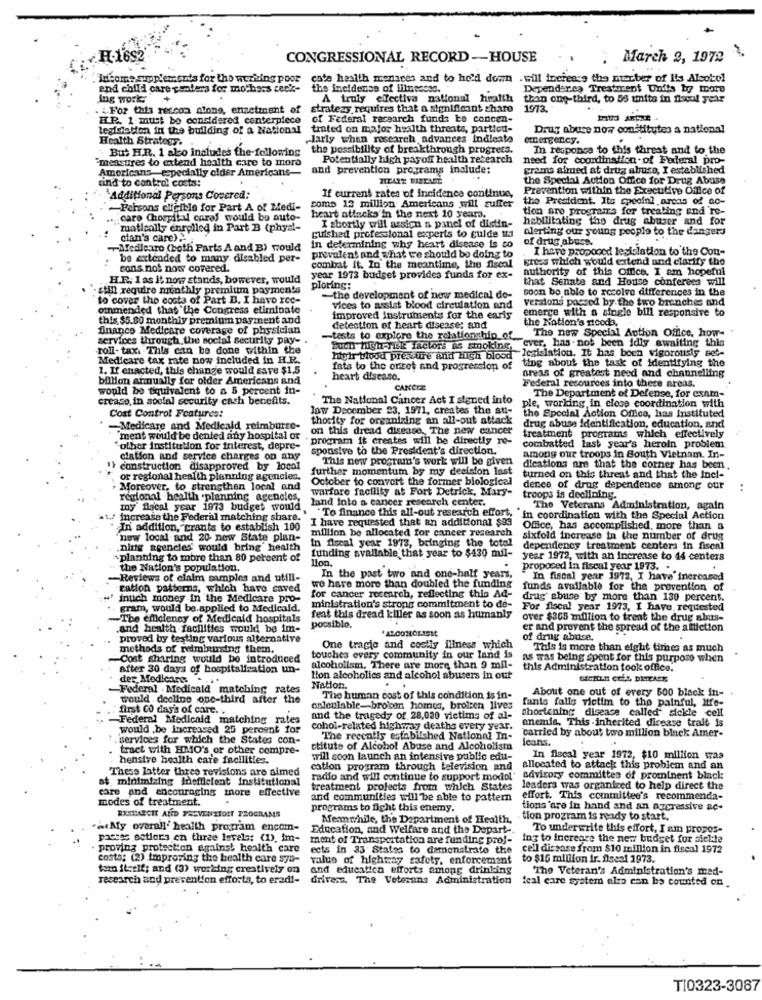
H-1692
CONGRESSIONAL RECORD -- HOUSE
March 2, 1972
income supplemeuds for the working poor
cate health menaces and to hold down . will increase the muteber of its Alsobe!
and child care centers for mothers cee'k-
the incidense of liliesoss.
Depender.ca Treatment Units by toore
Ing work +
A truly efectiva national health than one-third, to 55 unita in fiscal year
. & For this reccon alone, enzetment of
stratezy requires that a significant share
19/73.
HP. 1 must be considered centerpiece
of Federal recearch funds to concen-
legislation in the building of a National
trated on major health threats, partied-
Drug abuse now constitutes a national
Health Strategy.
"larly when rescarch advances Indleate
emergency.
But H.R. 1 also includes the-following
the possibility of breakthrough progress.
In response to this threat and to the
measures to extend health care to mora
Potentially high payoff health research
need for coordination of Federal pro-
Americans,especially older Americans-
and prevention programs include:
grams almed at drug abuse, I esteblished
the Special Action Office for Drug Abuse
find to control costs:
If current rates of incidence continue,
Prevention within the Executive Office of
"Additional Persons Covered:
the President. Its specinl areas of ac-
-Persons eligible for Part A of Medi-
como 13 million Americans will suffer
tion aro programs for treating end 're-
. caro (hospital carol would bo auto-
heart attacks'in the next 10 years.
I shortly will assign a panel of distin-
hebilitating the drug abuser and for
matically enrolled in Part B (phyal-
alerting our young people to the dangers
cian's care) .
gulshed professional experts to guide 13
of drug abuse.
Medlearo (both Parts A and B) would
in determining why heart disease is co
I have propoced legislation to the Con-
be extended to many disabled per-
prevalent and what we should be doing to
gres which would extend and clarify the
sons not now covered.
combat it. In the meantime, the fiscal
authority of this Office. I am hopeful
H.R. 1 as it now stands, bowever, would
year 1973 budget provides funds for ex-
that Senate and House conferees will
: sHill require minthly premium payments
ploring:
soon be able to resolve differences in the
to cover the costs of Part B. I have rec-
-the development of now medical de-
versions passed by the two branches and
ommended that the Congress eliminate
vices to assist blood circulation and
emerge with a single bill responsive to
this $5.80 monthly premium payment and
improved Instruments for the earls
the Nation's stooda.
finance Medicare coverage of physician
detection of heart disease; and
The new Special Action Office, how-
services through the social security pay-
-tests to explore the relationship of
.roll - tax. This can be done within the
,ever, has not been idly awaiting this
Medicare tax rate now included in H.R.
Puuh high-TE factors as Shown lei Iation. It has been vigorously seve
high blood pressure and High blood
tiog about the task of identifying the
1. If enacted, this change would save $1.5
fats to the onset and progression of
billion annually for older Americans and
heart disease.
areas of greatest need and channelling
Federal resources into there areas.
would be tiquivalent to a 5 percent in-
CANCRE
crease, in social security cash benefits.
The National Cancer Act I signed into
The Department of Defense, for exam-
Cost Control Features:
low December 23, 1971, creates the au-
ple, working in close coordination with
thority for organizing an all-out attack
the Special Action Office, has instituted
Medicare and Medicald reimburse-
on this dread disease. The new cancer
drug abuse identification, education, and
"ment would be denied any hospital or
program it creates will be directly re-
treatment programs which effectively
other institution for interest, depre-
sponsive to the President's direction.
combatted last year's heroin problem
ciation and service charges on any
This new program's work will be given
among our troops in South Vietnam. In-
> construction disapproved by local
further momentum by my decision last
dications are that the corner has been,
or regional health planning agencies.
October to convert the former biological
turned on this threat and that the Inci-
. Moreover, to strengthen local and
warfore facility at Fort Detrick, Mary-
dence of drug dependence among our
..
regional health .planning ageneles,
land Into a cancer research center.
troops is declining.
my flocal year 1973 budget would
To finance this all-out research effort,
The Veterans Administration, again
1. Increase the Federal matching share.
I have requested that an additional $93
in coordination with the Special Action
In addition,"crants to establish 100
million be allocated for cancer research
Office, has accomplished, more than
new local and 20 new State plan-
In flreal year 1973, bringing the total
sixfold increase in the number of drug
ning agencies would bring health
funding avallable that year to $430 mil-
dependency treatment centers in fisenl
~planning to more than 80 percent of
llon.
year 1972, with an Increase to 44 centers
the Nation's population.
proposed in fiscal year 1973. ..
-Reviews of claim samples and utili-
In the past two and one-half years,
In fiscal year 1972, I have' inercared
cation patterns, which have caved
wo hare more than doubled the funding
funds available for the prevention of
. much money in the Medicare pro-
for cancer research, reflecting this Ad-
drug abuse by more than 130 percent.
gram, would be.applied to Medicald.
ministration's strong commitment to de-
For fiscal year 1973, I have requested
-The efficiency of Medicaid hospitals
feat this dread killer as soon as humanly
over $365 million to treat the drug abus-
.and health -facilities would be im-
possible.
er and prevent the spread of the attiction
proved by testing various alternative
of drug abuse.
methods of reimbursing them.
One tragie and costly illness which
This is more than eight times as much
-Cost sharing would be introduced
touches every community in our land is
as was being spent for this purpose when
after 30 days of hospitalization un-
alcoholism. There are more than 9 mil-
this Administration took office.
der Medicare. .
Hon alcoholics and alcohol abusers in out
-Federal . Medicaid matching rates
Nation.
About one out of every 500 black in-
would . declino ope-third after the
The human cost of this condition is in-
first Co day's of care ..
calculable-broom homes, broteen lives
shortening disease called sickle cell
fants falls victim to the painful, itfe-
-Federal Medicaid matching rates
and the tragedy of 28,000 victims of al-
anemia, This -inherited disease trait is
would .be increased 25 percent for
cohol-related highmay deaths every year.
carried by about two million black Amer-
. services for which the States con-
The recently established National In-
Icans.
tract with HMO's or other compre-
stitute of Alcohol Abuse and Alcoholista
hensive health care facilities.
will soon launch an intensive public edu-
In fiscal year 1972, $10 million was
These latter three revisions are almed
cation program through television and
allocated to attack this problem and an
at minimizing inefficient institutional
radio and will continue to support model
savisory committes of prominent black:
care and encouraging more effective
treatment projects from which States
leaders was organized to help direct the
modes of treatment.
and communities will be able to pattern
effort. This committes's recommenda-
programs to fight this enemy.
tions are in hand and an aggressive ac-
RYCHARCHE AND TEEVENTIOIT PROGRAMS
Meanwhile, the Department of Health.
tion program is ready to start.
"atMy overall' health program encom-
Education, and Welfare and the Depart-
To underwrite this effort, I am propos-
pastas sotiers en three levels: (1). im-
ment of Transportation are funding pro !-
ing to increase the new budget for sieble
proving protection against health care
ects in 33 States to demonstrate the
cell dissase from $10 million in fiscal 1972
costa: (2) tinproving the health care sya-
value of highway safety, enforcement
to $15 million ir. fiscal 1973.
tom itself; and (3) working creatively on
and education efforts among drinking
The Veteran's Administration's med-
research and prevention efforts, to erad !-
drivers. The Veterans Administration feal care system also can be counted on
T10323-3087